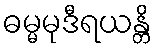
ဓမ္မမုဒီရယန္တိ